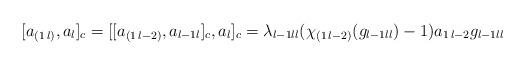
LaTeX: \begin{align*}[a_{(1\,l)},a_l]_c&=[[a_{(1\,l-2)},a_{l-1l}]_c,a_l]_c=\lambda_{l-1ll}(\chi_{(1\,l-2)}(g_{l-1ll})-1)a_{1\,l-2}g_{l-1ll}\end{align*}